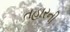
તહારની